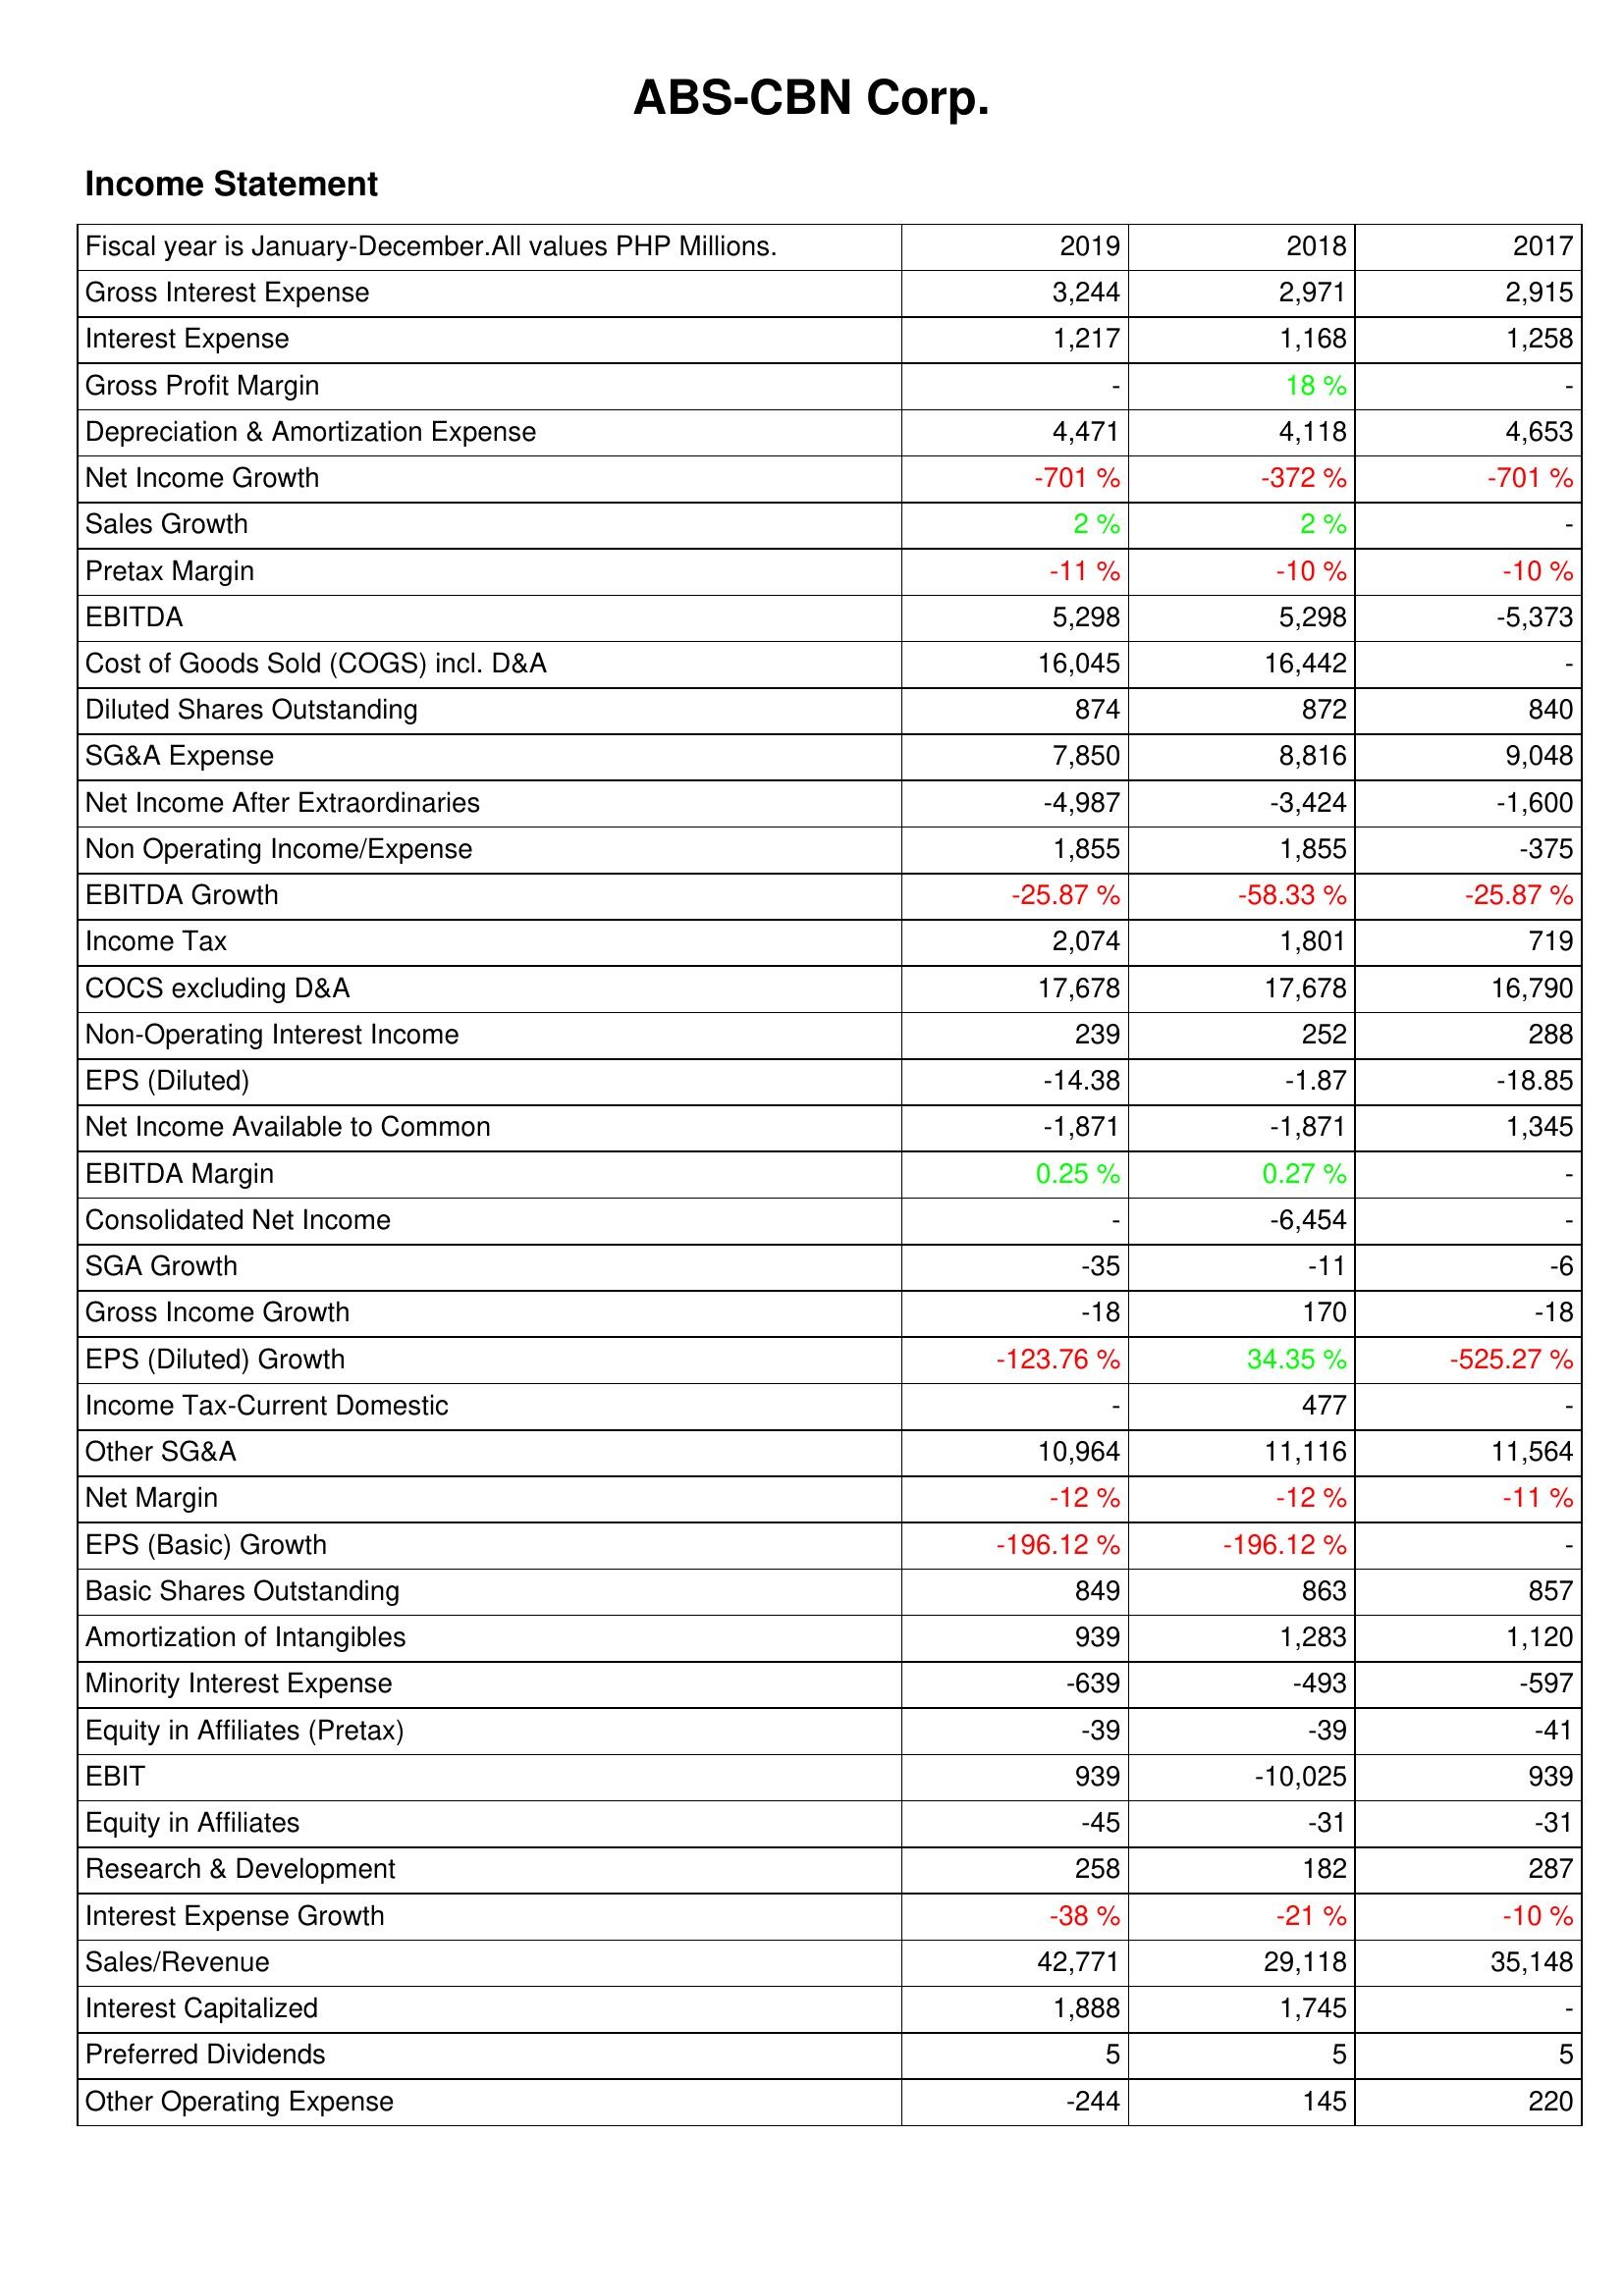
2019: Income Statement: Gross Interest Expense: 3,244
Interest Expense: 1,217
Gross Profit Margin: -
Depreciation & Amortization Expense: 4,471
Net Income Growth: -701 %
Sales Growth: 2 %
Pretax Margin: -11 %
EBITDA: 5,298
Cost of Goods Sold (COGS) incl. D&A: 16,045
Diluted Shares Outstanding: 874
SG&A Expense: 7,850
Net Income After Extraordinaries: -4,987
Non Operating Income/Expense: 1,855
EBITDA Growth: -25.87 %
Income Tax: 2,074
COCS excluding D&A: 17,678
Non-Operating Interest Income: 239
EPS (Diluted): -14.38
Net Income Available to Common: -1,871
EBITDA Margin: 0.25 %
Consolidated Net Income: -
SGA Growth: -35
Gross Income Growth: -18
EPS (Diluted) Growth: -123.76 %
Income Tax-Current Domestic: -
Other SG&A: 10,964
Net Margin: -12 %
EPS (Basic) Growth: -196.12 %
Basic Shares Outstanding: 849
Amortization of Intangibles: 939
Minority Interest Expense: -639
Equity in Affiliates (Pretax): -39
EBIT: 939
Equity in Affiliates: -45
Research & Development: 258
Interest Expense Growth: -38 %
Sales/Revenue: 42,771
Interest Capitalized: 1,888
Preferred Dividends: 5
Other Operating Expense: -244
2018: Income Statement: Gross Interest Expense: 2,971
Interest Expense: 1,168
Gross Profit Margin: 18 %
Depreciation & Amortization Expense: 4,118
Net Income Growth: -372 %
Sales Growth: 2 %
Pretax Margin: -10 %
EBITDA: 5,298
Cost of Goods Sold (COGS) incl. D&A: 16,442
Diluted Shares Outstanding: 872
SG&A Expense: 8,816
Net Income After Extraordinaries: -3,424
Non Operating Income/Expense: 1,855
EBITDA Growth: -58.33 %
Income Tax: 1,801
COCS excluding D&A: 17,678
Non-Operating Interest Income: 252
EPS (Diluted): -1.87
Net Income Available to Common: -1,871
EBITDA Margin: 0.27 %
Consolidated Net Income: -6,454
SGA Growth: -11
Gross Income Growth: 170
EPS (Diluted) Growth: 34.35 %
Income Tax-Current Domestic: 477
Other SG&A: 11,116
Net Margin: -12 %
EPS (Basic) Growth: -196.12 %
Basic Shares Outstanding: 863
Amortization of Intangibles: 1,283
Minority Interest Expense: -493
Equity in Affiliates (Pretax): -39
EBIT: -10,025
Equity in Affiliates: -31
Research & Development: 182
Interest Expense Growth: -21 %
Sales/Revenue: 29,118
Interest Capitalized: 1,745
Preferred Dividends: 5
Other Operating Expense: 145
2017: Income Statement: Gross Interest Expense: 2,915
Interest Expense: 1,258
Gross Profit Margin: -
Depreciation & Amortization Expense: 4,653
Net Income Growth: -701 %
Sales Growth: -
Pretax Margin: -10 %
EBITDA: -5,373
Cost of Goods Sold (COGS) incl. D&A: -
Diluted Shares Outstanding: 840
SG&A Expense: 9,048
Net Income After Extraordinaries: -1,600
Non Operating Income/Expense: -375
EBITDA Growth: -25.87 %
Income Tax: 719
COCS excluding D&A: 16,790
Non-Operating Interest Income: 288
EPS (Diluted): -18.85
Net Income Available to Common: 1,345
EBITDA Margin: -
Consolidated Net Income: -
SGA Growth: -6
Gross Income Growth: -18
EPS (Diluted) Growth: -525.27 %
Income Tax-Current Domestic: -
Other SG&A: 11,564
Net Margin: -11 %
EPS (Basic) Growth: -
Basic Shares Outstanding: 857
Amortization of Intangibles: 1,120
Minority Interest Expense: -597
Equity in Affiliates (Pretax): -41
EBIT: 939
Equity in Affiliates: -31
Research & Development: 287
Interest Expense Growth: -10 %
Sales/Revenue: 35,148
Interest Capitalized: -
Preferred Dividends: 5
Other Operating Expense: 220